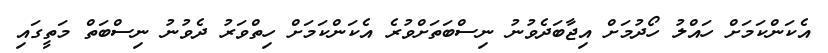
އެކަންކަމަށް ހައްލު ހޯދުމަށް އިޖާބަދެވުނު ނިސްބަތަށްވުރެ އެކަންކަމަށް ހިތްވަރު ދެވުނު ނިސްބަތް މަތީގައި